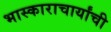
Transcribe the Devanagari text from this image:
भास्काराचार्यांची